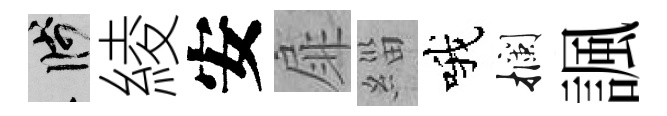
箋綾安扉緇哦攔諷